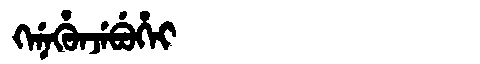
Manchu: ᡴᡝᠨᡝᡥᡠᠨᠵᡝᠪᡠᡥᡝᡳ
Romanization: KENEHUNJEBUHEI